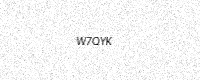
Text: W7QYK